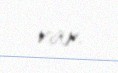
var.